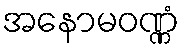
အနောမဝဏ္ဏံ